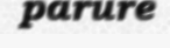
parure